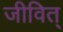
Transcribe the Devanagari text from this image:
जीवित्